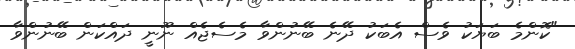
"ކޮންމެ ބަޔަކު ވެސް އެބަކު ދޭނެ ބޭނުންވާ މެސެޖެއް ނޫނީ ދައްކަން ބޭނުންވާ